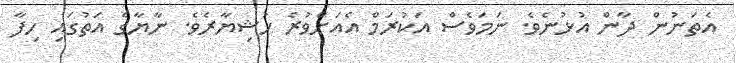
އެތަނުން ދާން އުޅުނެވެ. ނަމަވެސް އަކުރަމް އެއަށްވުރެ ހުޝިޔާރެވެ. ނާޔާގެ އަތުގައި ހިފާ